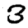
Digit: 3